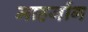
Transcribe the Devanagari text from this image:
माहजोंग